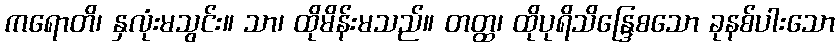
ကရောတိ၊ နှလုံးမသွင်း။ သာ၊ ထိုမိန်းမသည်။ တတ္ထ၊ ထိုပုရိသိန္ဒြေစသော ခုနစ်ပါးသော